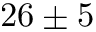
2 6 \pm 5